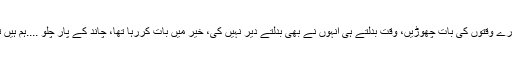
گئے گزرے وقتوں کی بات چھوڑیں، وقت بدلتے ہی انہوں نے بھی بدلتے دیر نہیں کی، خیر میں بات کررہا تھا، چاند کے پار چلو ....ہم ہیں تیار چلو۔